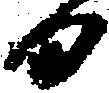
日